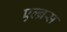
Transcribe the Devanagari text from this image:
एल्ब्रस